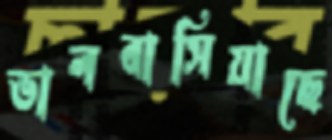
ভালবাসিয়াছে